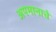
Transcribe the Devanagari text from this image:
अपमानाचे